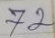
72